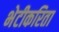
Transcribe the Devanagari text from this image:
भेटीकरिता